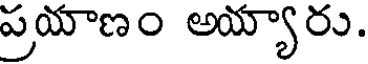
ప్రయాణం అయ్యారు.